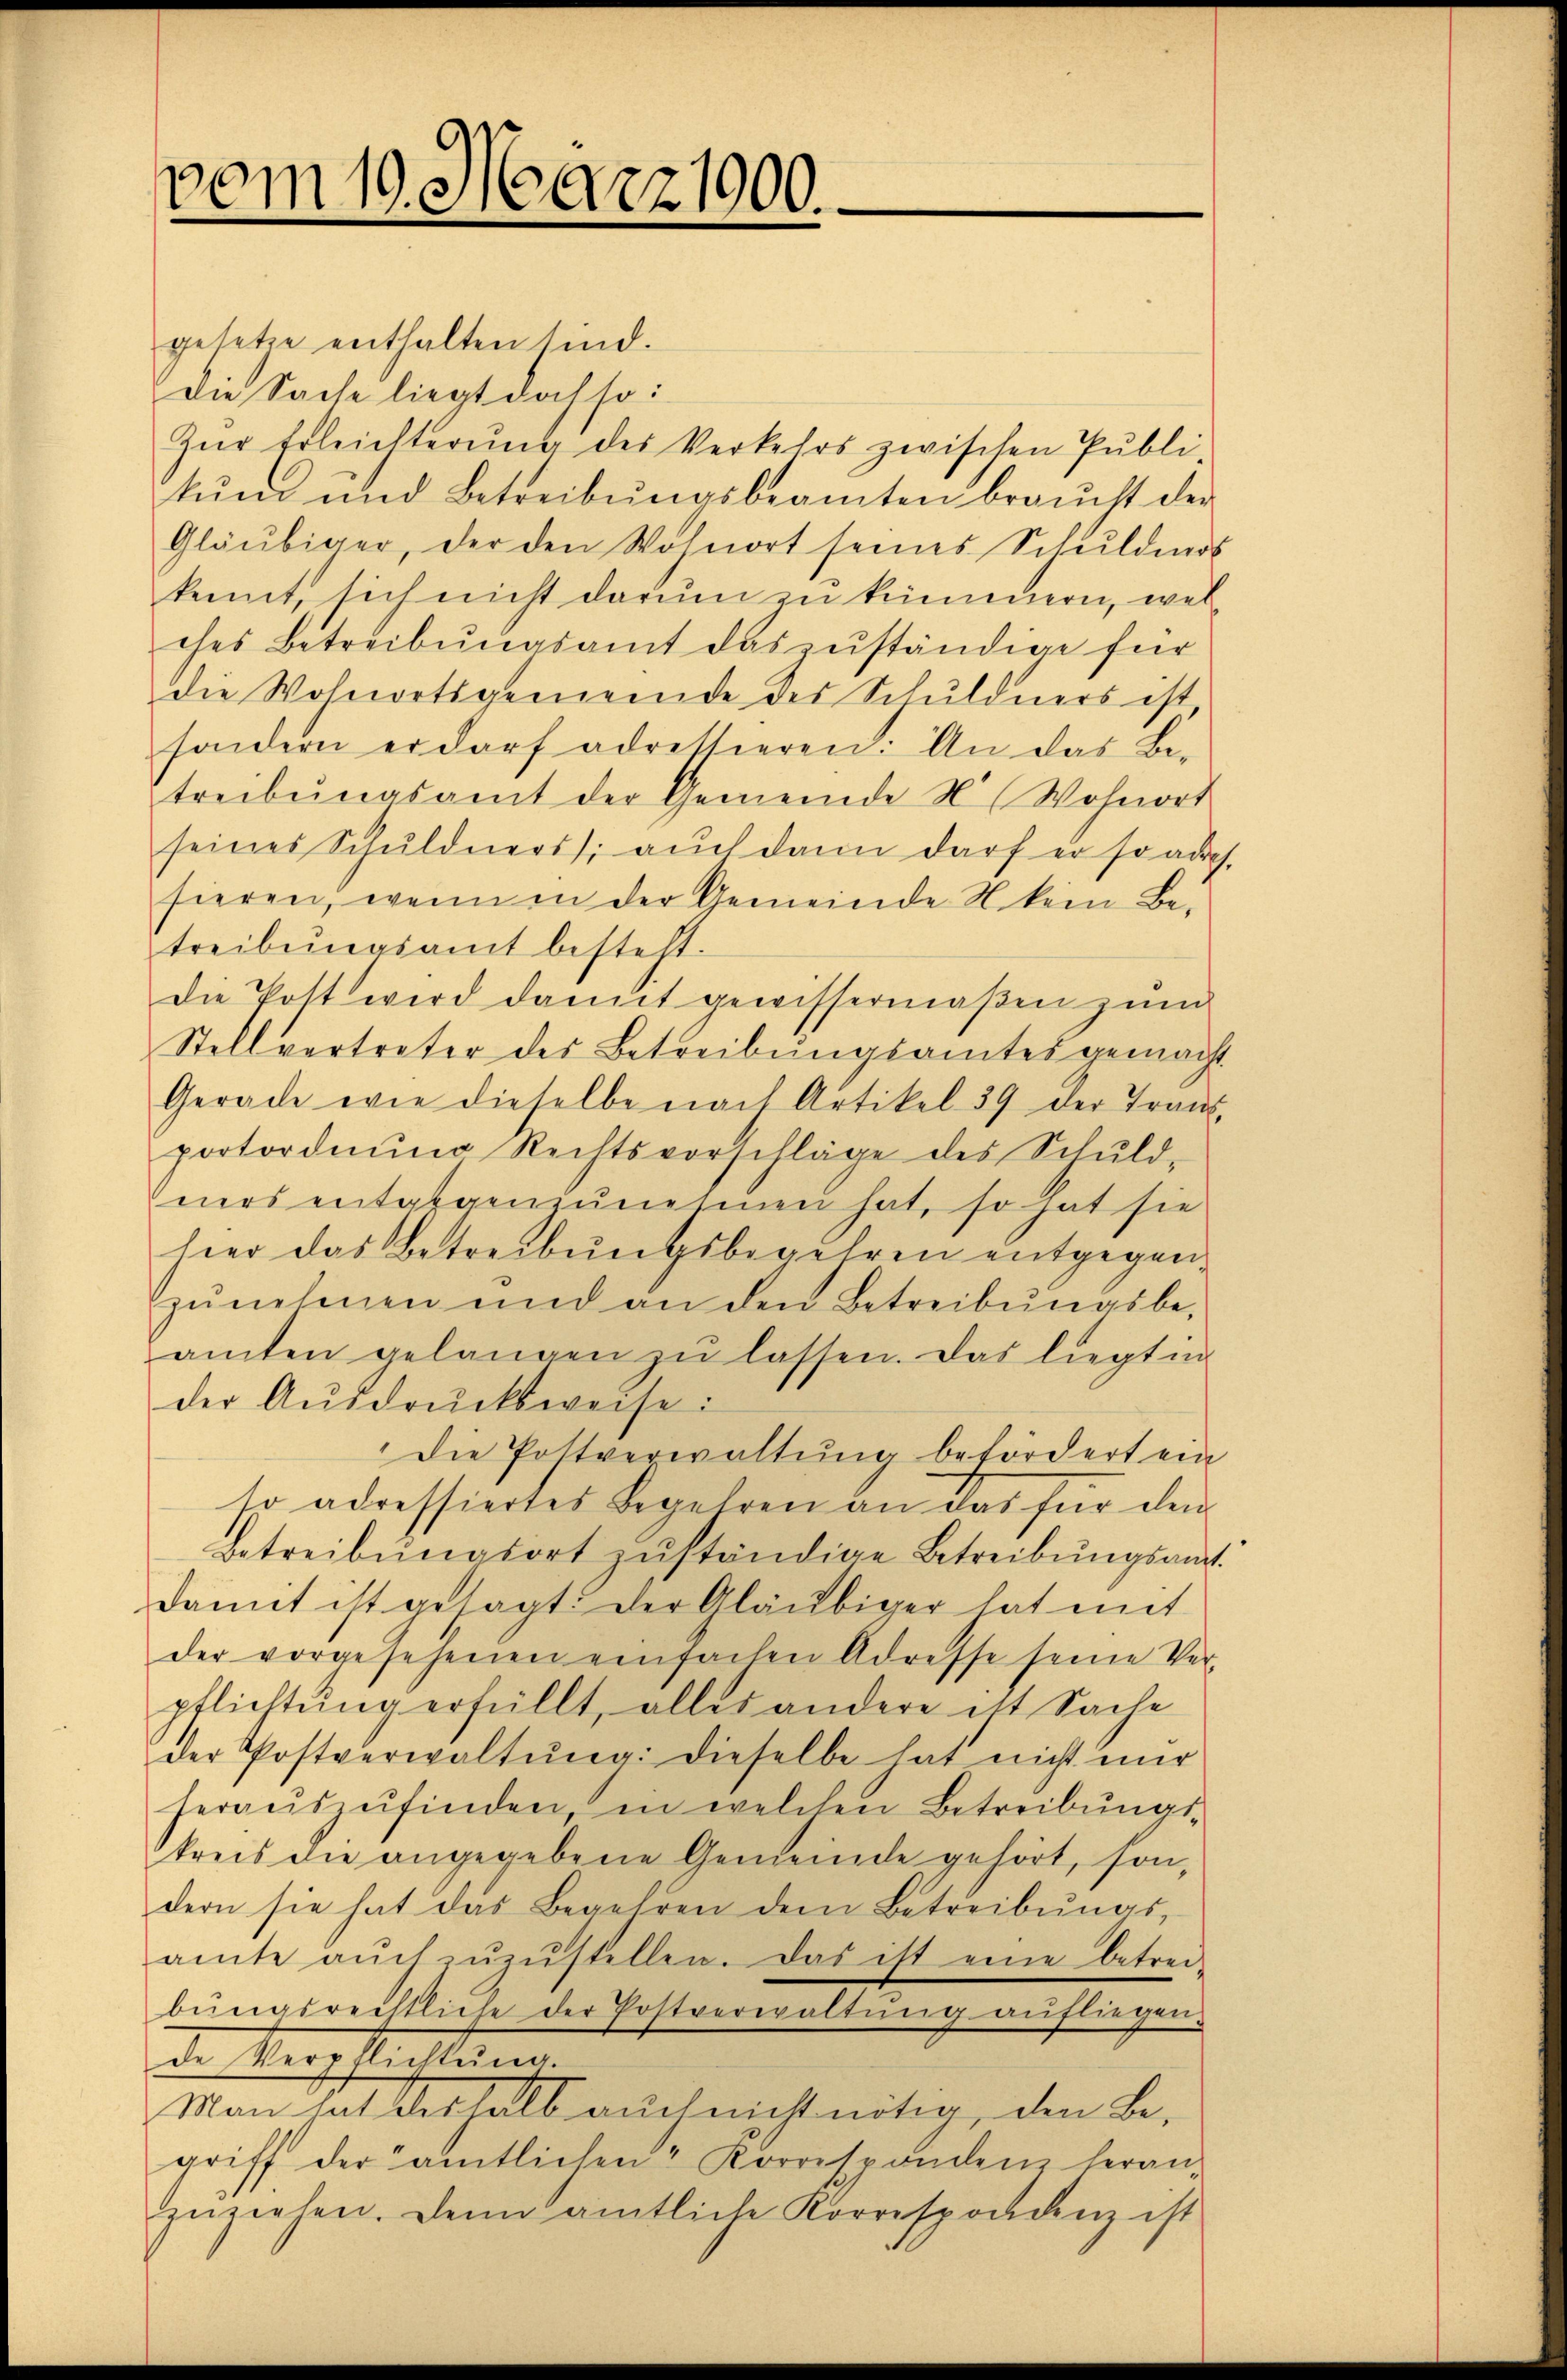
gesetze enthalten sind.
Die Sache liegt doch so:
Zŭr Erleichterŭng des Verkehrs zwischen Pŭbli-
kŭn und Betreibŭngsbeamten braucht der
Gläubiger, der den Wohnort seines Schŭldmos
kennt, sich nicht darum zu kümmern, wel
ches Betreibŭngsamt das zuständige für
die Wohnortsgemeinde des Schuldners ist
sondern er darf adressieren: An das Bi-
treibŭngsamt der Gemeinde Wohnort
seines Schuldners: aŭch dann darf er so auch,
sieren, wenn in der Gemeinde N. kein Betreibŭngsamt besteht.
die Pott wird damit gewissermaßen zum
Stellvertreter des Betreibŭngsamtes gemacht
Gerade wie dieselbe nach Artikel 39 der Trans-
portordnung Rechtsvorschläge des Schuld-
mirs entgegenzunehmen hat, so hat sie
hier das Betreibungsbegehren entgegenzŭnehmen und an den Betreibŭngsbe-
amten gelangen zŭ lassen. Das liegt in
der Aŭsdrŭcksweise:
die Pottverwaltung befördert ein
to adressiertes Begehren an das für den
betreibungsort zŭständige Betreibungsamt
damit ist gesagt: Der Gläubiger hat mit
der vorgesehenen einfachen Adresse seine Ver-
pflichtung erfüllt, alles andere ist Sache
der Postverwaltung: dieselbe hat nicht mer
heraŭszŭfinden, in welchen Betreibŭngs-
kreis die angegebene Gemeinde gehört, son-
dern sie hat das Begehren dem Betreibŭngs-
amte aŭch zŭzŭstellen. Das ist eine betrei-
bŭngsrechtliche der Postverwaltŭng aŭfliegen.
de Verwaltung.
Man hat deshalb auch nicht nötig, den B.
griff, der amtlichen Korrespänden heran-
zŭziehen. Denn amtliche Korrespondenz ist

vom 19. März 1900.